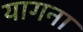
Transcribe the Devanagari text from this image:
यागना